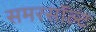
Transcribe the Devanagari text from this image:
समरसॉल्ट